Senior Leaving Certificate Examination (including Day School Certificate (Higher) General paper), 1947
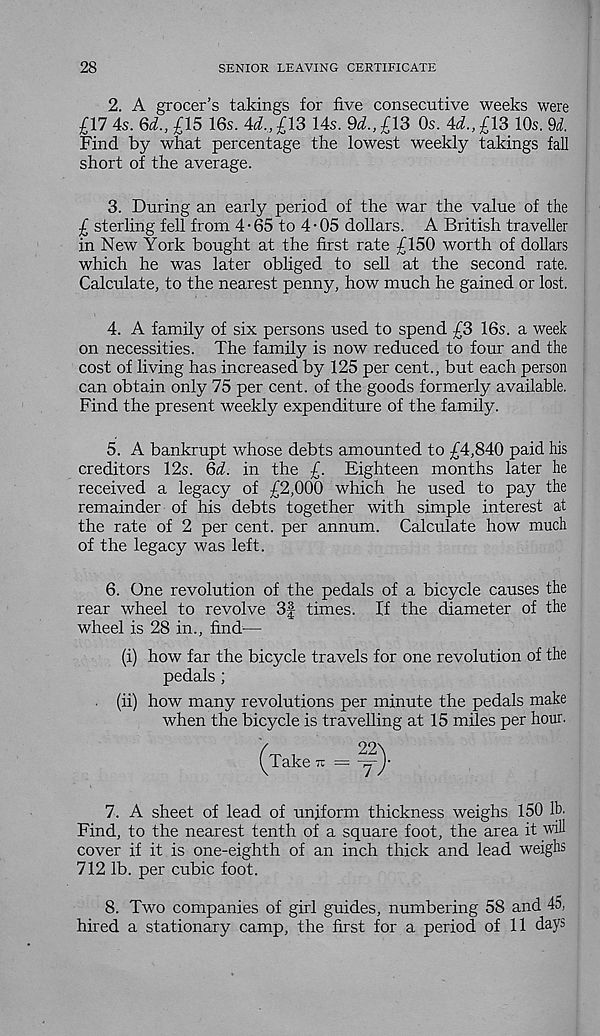
28
SENIOR LEAVING CERTIFICATE
2. A grocer’s takings for five consecutive weeks were
£17 4s. Qd., £15 16s. 4i.,£13 14s. 9^., £13 Os. 4^., £13 10s. 9i.
Find by what percentage the lowest weekly takings fall
short of the average.
3. During an early period of the war the value of the
£ sterling fell from 4 • 65 to 4 ■ 05 dollars. A British traveller
in New York bought at the first rate £150 worth of dollars
which he was later obliged to sell at the second rate.
Calculate, to the nearest penny, how much he gained or lost.
4. A family of six persons used to spend £3 16s. a week
on necessities. The family is now reduced to four and the
cost of living has increased by 125 per cent., but each person
can obtain only 75 per cent, of the goods formerly available.
Find the present weekly expenditure of the family.
5. A bankrupt whose debts amounted to £4,840 paid his
creditors 12s. Qd. in the £. Eighteen months later he
received a legacy of £2,000 which he used to pay the
remainder of his debts together with simple interest at
the rate of 2 per cent, per annum. Calculate how much
of the legacy was left.
6. One revolution of the pedals of a bicycle causes the
rear wheel to revolve 3f times. If the diameter of the
wheel is 28 in., find—
(i) how far the bicycle travels for one revolution of the
pedals ;
(ii) how many revolutions per minute the pedals make
when the bicycle is travelling at 15 miles per hour.
(Take - = y)-
7. A sheet of lead of uniform thickness weighs 150 lb.
Find, to the nearest tenth of a square foot, the area it will
cover if it is one-eighth of an inch thick and lead weighs
712 lb. per cubic foot.
8. Two companies of girl guides, numbering 58 and 45,
hired a stationary camp, the first for a period of 11 days